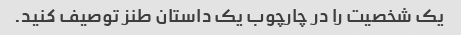
یک شخصیت را در چارچوب یک داستان طنز توصیف کنید.